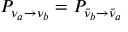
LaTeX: P _ { \nu _ { a } \rightarrow \nu _ { b } } = P _ { { \bar { \nu } } _ { b } \rightarrow { \bar { \nu } } _ { a } }